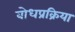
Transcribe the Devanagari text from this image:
बोधप्रक्रिया